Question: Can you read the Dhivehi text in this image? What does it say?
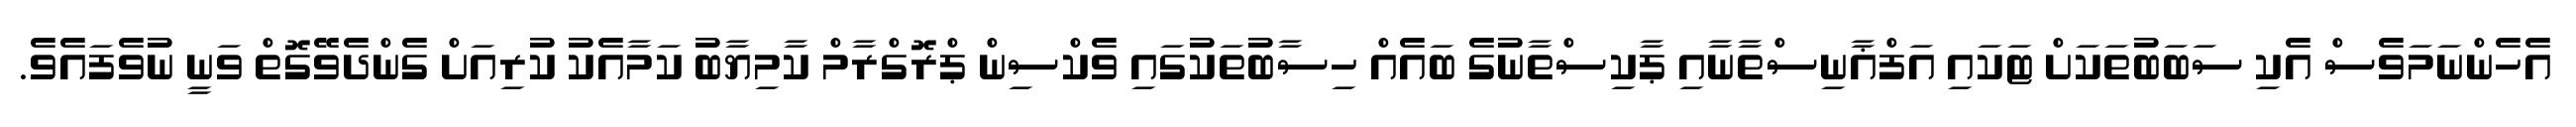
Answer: އެހެންނަމަވެސް އެކި ސަބަބުތަކަށް ޓަކައި އަފްޣާނިސްތާނާއި ޕާކިސްތާނުގެ ބައެއް ހިސާބުތަކުގައި ވެކްސިން ޕްރޮގްރާމް ކާމިޔާބު ކަމާއެކު ކުރިއަށް ގެންދެވޭގޮތް ވަނީ ނުވެފައެވެ.